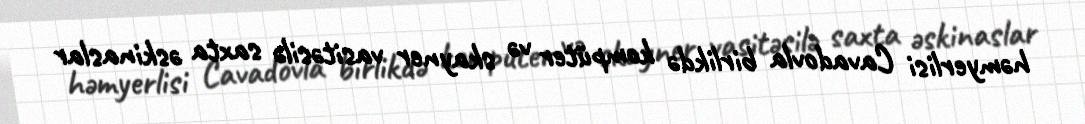
həmyerlisi Cavadovla birlikdə kompüter və skayner vasitəsilə saxta əskinaslar